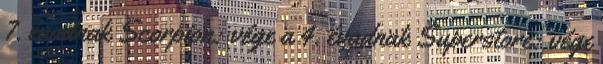
7. évadnak Scorpion: vége a 4. évadnak Superstore: vége